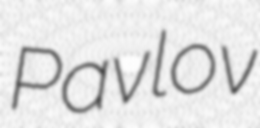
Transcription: Pavlov